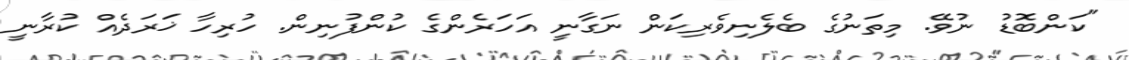
"ކަންބޮޑު ނުވޭ. މިތަނުގެ ބެލެނިވެރިކަން ނަގާނީ އަހަރެންގެ ކުންފުނިން. ހުރިހާ ޚަރަދެއް ކުރާނީ